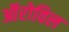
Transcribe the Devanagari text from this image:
ऑरोविल